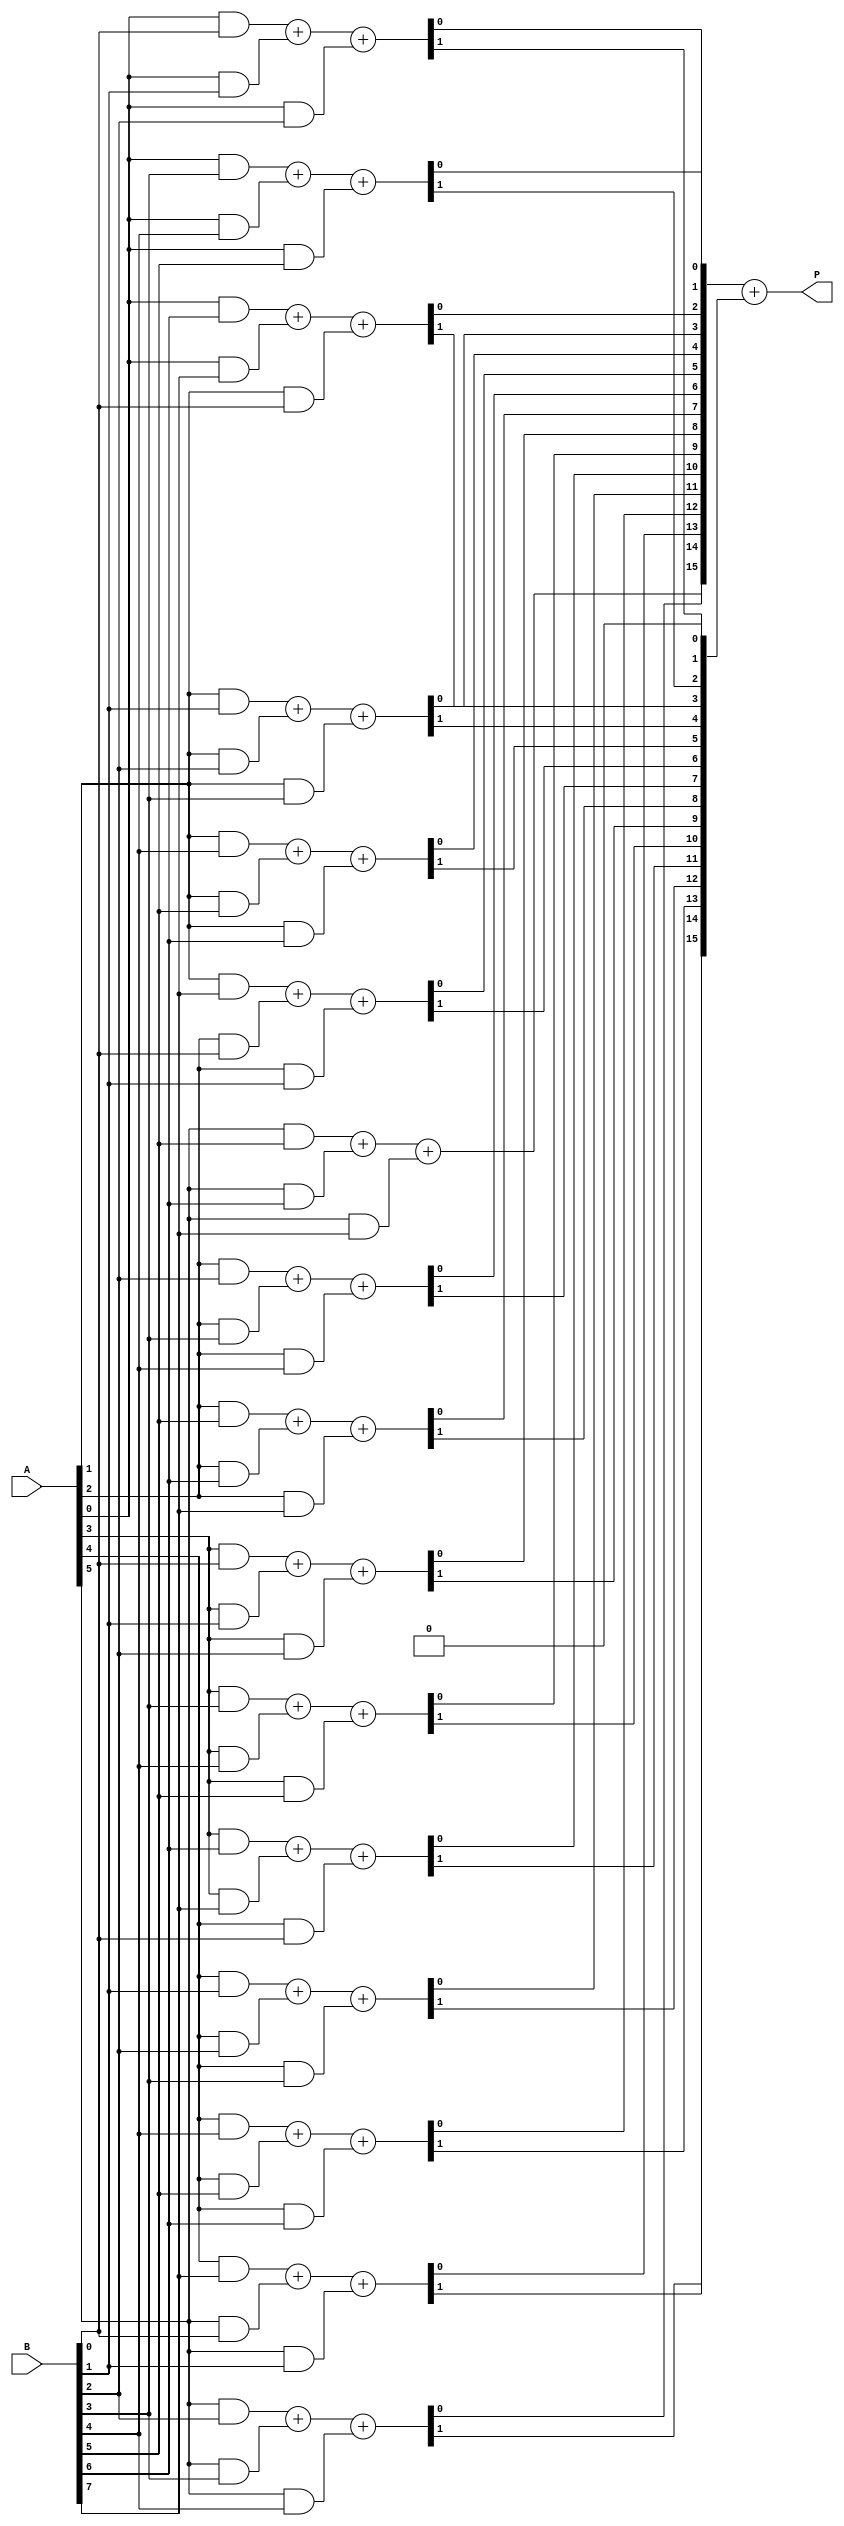
module adaptive_wallace_tree_multiplier #(parameter N = 8, M = 8) (
    input  wire [N-1:0] A, // N-bit input A
    input  wire [M-1:0] B, // M-bit input B
    output wire [N+M-1:0] P // Output Product P
);
    // Partial product wires
    wire [N*M-1:0] pp; // Partial products

    // Generate partial products
    genvar i, j;
    generate
        for (i = 0; i < N; i = i + 1) begin: gen_partial_products
            for (j = 0; j < M; j = j + 1) begin: gen_pp
                assign pp[i*M + j] = A[i] & B[j]; // AND operation for partial products
            end
        end
    endgenerate 

    // Wallace Tree Reduction
    wire [N*M-1:0] sum, carry;
    wire [N*M/2 - 1:0] next_level_sum, next_level_carry;

    // Define carry-save adder (CSA) for Wallace tree reduction
    generate
        for (i = 0; i < N*M/3; i = i + 1) begin: reduce_stage
            if (3*i + 2 < N*M) begin
                assign {next_level_carry[i], next_level_sum[i]} = pp[3*i + 0] + pp[3*i + 1] + pp[3*i + 2];
            end else if (2*i + 1 < N*M) begin
                assign {next_level_carry[i], next_level_sum[i]} = pp[2*i + 0] + pp[2*i + 1];
            end else if (i < N*M) begin
                assign next_level_sum[i] = pp[i];
                assign next_level_carry[i] = 0;
            end
        end
    endgenerate

    // Final addition using a simple adder (could be optimized with a carry-lookahead adder)
    wire [N*M/2:0] final_sum;
    assign final_sum = next_level_sum + {next_level_carry, 1'b0}; // Align carry bits

    // Final product assignment
    assign P = final_sum[N*M/2-1:0];

endmodule